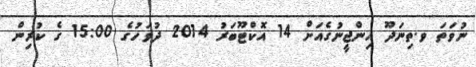
ނުވަތަ ވ.ތިނަދޫ އިންޖީނުގެއަށް 14 އޮކްޓޫބަރު 2014 ދުވަހުގެ 15:00 ގެ ކުރިން